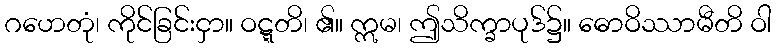
ဂဟေတုံ၊ ကိုင်ခြင်းငှာ။ ဝဋ္ဋတိ၊ ၏။ ဣမ၊ ဤသိက္ခာပုဒ်၌။ ဓောဝိဿာမီတိ ဝါ